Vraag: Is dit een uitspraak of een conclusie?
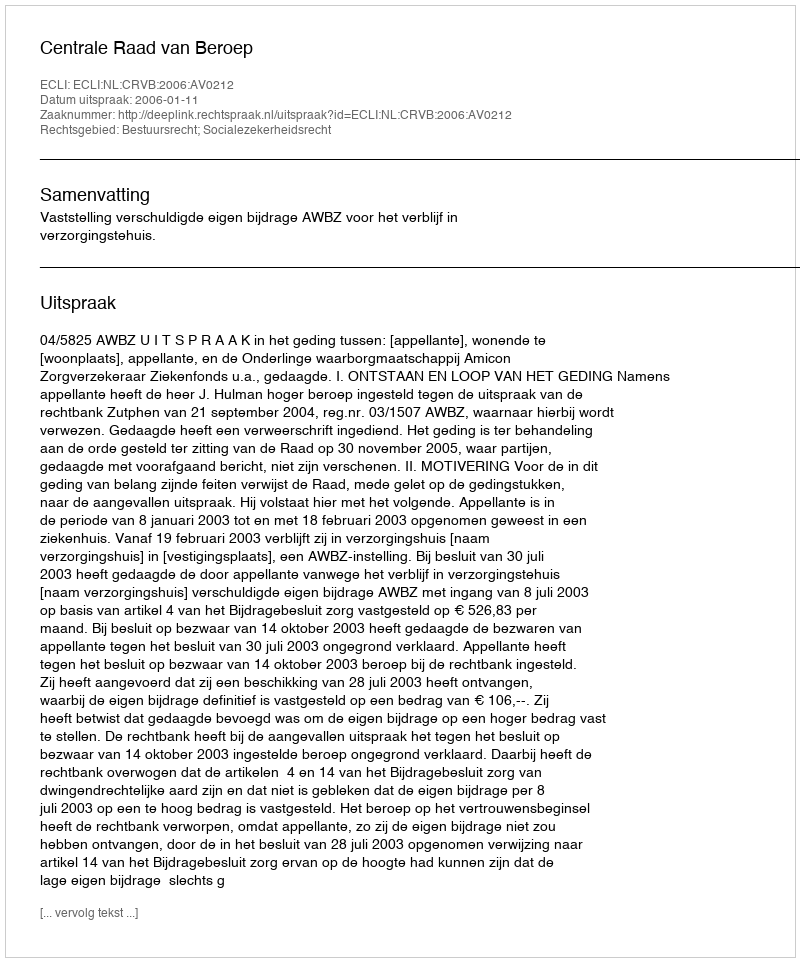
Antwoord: Uitspraak